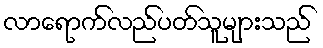
လာရောက်လည်ပတ်သူများသည်